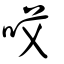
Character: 哎